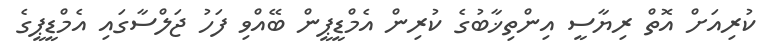
ކުރިއަށް އޮތް ރިޔާސީ އިންތިޚާބުގެ ކުރިން އެމްޑީޕީން ބޭއްވި ފަހު ޖަލްސާގައި އެމްޑީޕީގެ